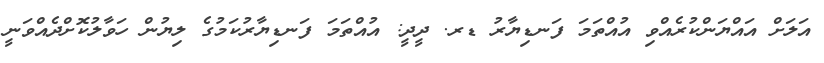
އަލަށް އައްޔަންކުރެއްވި އުއްތަމަ ފަނޑިޔާރު ޑރ. ދީދީ: އުއްތަމަ ފަނޑިޔާރުކަމުގެ ލިޔުން ހަވާލުކޮށްދެއްވަނީ